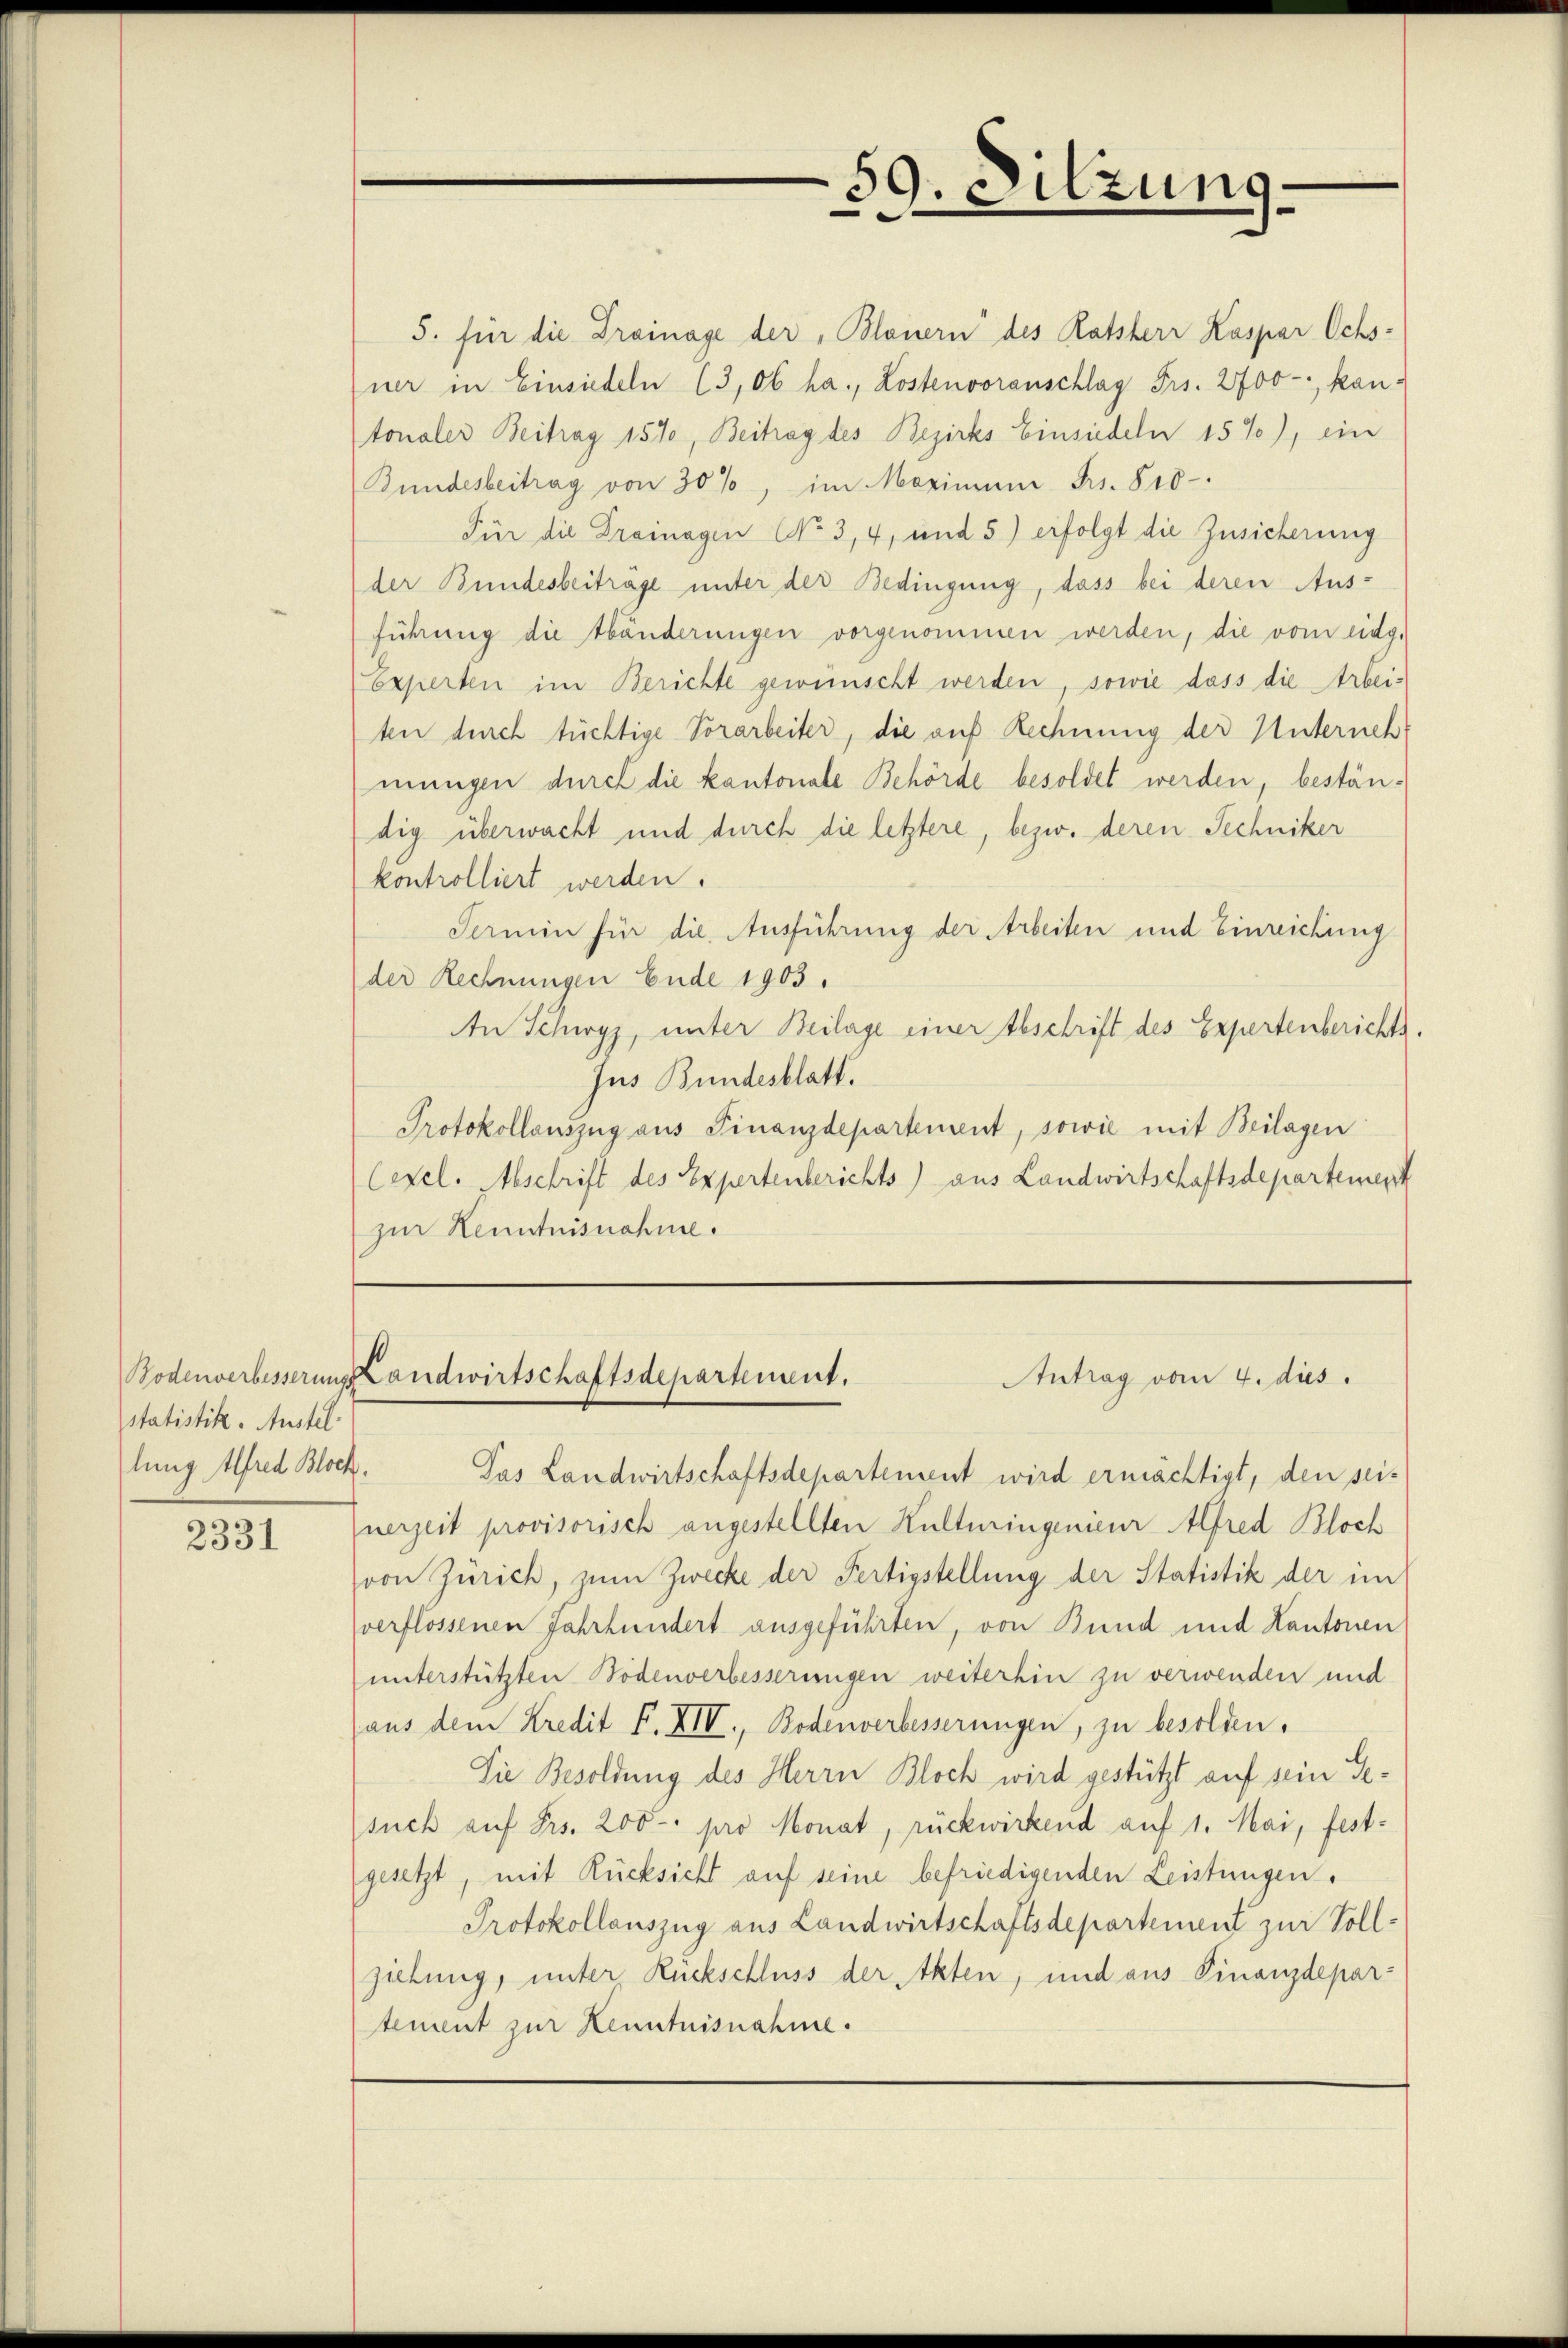
statistik. Austel
lung Alfred Block.

2331

59. Sitzung.

5. für die Drainage der, Blauern des Ratsherr Kaspar Ochs-
ner in Einsiedeln (3,06 ha., Lostenvoranschlag Frs. 2700 - kan-
tonaler Beitrag 1570, Beitrag des Bezirks Einsiedeln 15%), ein
Bundesbeitrag von 30%, im Maximum Frs. 810
Für die Drainagen No 3, 4, und 5) erfolgt die Zusicherung
der Bundesbeiträge unter der Bedingung, dass bei deren Aus-
führung die Abänderungen vorgenommen werden, die vom eidg.
Experten im Berichte gewünscht werden, sowie dass die Arbei-
ten durch tüchtige Vorarbeiter, die auf Rechnung der Unterneh
mungen durch die kantonale Behörde besoldet werden, beständig überwacht und durch die letztere, bezw. deren Techniker
kontrolliert werden.
Termin für die Ausführung der Arbeiten und Einreichung
der Rechnungen Ende 1903.
An Schwyz, unter Beilage einer Abschrift des Expertenberichts.
Jus Bundesblatt.
Protokollauszug aus Finanzdepartement, sowie mit Beilagen
Cexel. Abschrift des Expertenberichts) aus Landwirtschaftsdepartement
zur Kenntnisnahme.

Antrag vom 4. dies
Bodenverbesserunglandwirtschaftsdepartement.

Das Landwirtschaftsdepartement wird ermächtigt, den sei-
nerzeit provisorisch angestellten Kulturingenieur Alfred Bloch
von Zürich, zum Zwecke der Fertigstellung der Statistik der im
verflossenen Jahrhundert ausgeführten, von Bund und Kantonen
unterstützten Bodenverbesserungen weiterhin zu verwenden und
aus dem Kredit F. XIV., Bodenverbesserungen, zu besolden.
Die Besoldung des Herrn Bloch wird gestützt auf sein Gesuch auf Frs. 200 - pro Monat, rückwirkend auf 1. Mai, festgesetzt, mit Rücksicht auf seine befriedigenden Leistungen.
Protokollauszug aus Landwirtschaftsdepartement zur Vollziehung, unter Rückschluss der Akten, und aus Finanzdepartement zur Kenntnisnahme.